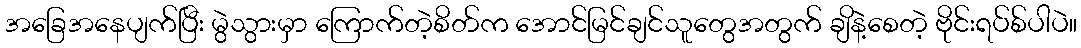
အခြေအနေပျက်ပြီး မွဲသွားမှာ ကြောက်တဲ့စိတ်က အောင်မြင်ချင်သူတွေအတွက် ချိနဲ့စေတဲ့ ဗိုင်းရပ်စ်ပါပဲ။